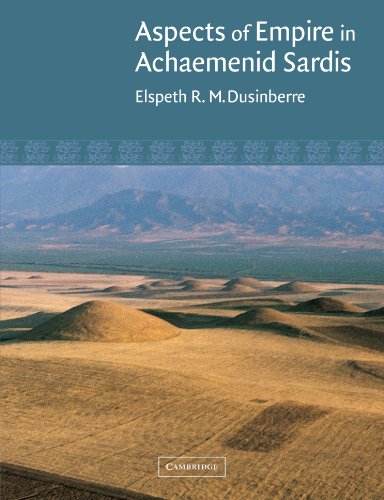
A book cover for Aspects of Empire in Achaemenid Sardis; Elspeth R. M. Dusinberre; History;